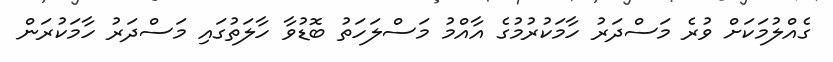
ގެއްލުމަކަށް ވުރެ މަސްދަަރު ހާމަކުރުމުގެ އާއްމު މަސްލަހަތު ބޮޑުވާ ހާލަތުގައި މަސްދަރު ހާމަކުރަން